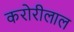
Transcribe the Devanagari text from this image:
करोरीलाल